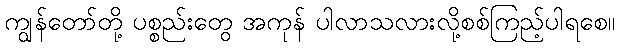
ကျွန်တော်တို့ ပစ္စည်းတွေ အကုန် ပါလာသလားလို့စစ်ကြည့်ပါရစေ။